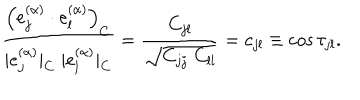
LaTeX: \frac { \left( e _ { j } ^ { ( \alpha ) } \cdot e _ { l } ^ { ( \alpha ) } \right) _ { C } } { | e _ { j } ^ { ( \alpha ) } | _ { C } \; | e _ { l } ^ { ( \alpha ) } | _ { C } } = \frac { C _ { j l } } { \sqrt { C _ { j j } \; C _ { l l } } } = c _ { j l } \equiv \cos \tau _ { j l } .